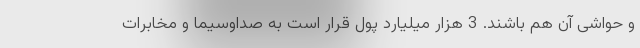
و حواشی آن هم باشند. 3 هزار میلیارد پول قرار است به صداوسیما و مخابرات